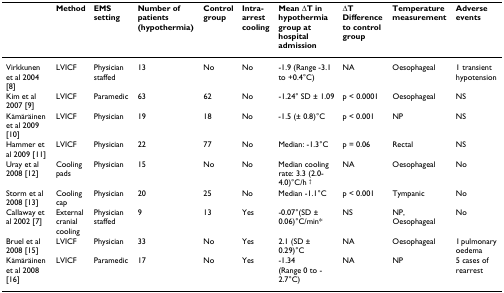
<table><thead><tr><td></td><td><b>Method</b></td><td><b>EMS setting</b></td><td><b>Number of patients (hypothermia)</b></td><td><b>Control group</b></td><td><b>Intra-arrest cooling</b></td><td><b>Mean ΔT in hypothermia group at hospital admission</b></td><td><b>ΔT Difference to control group</b></td><td><b>Temperature measurement</b></td><td><b>Adverse events</b></td></tr></thead><tbody><tr><td>Virkkunen et al 2004 [8]</td><td>LVICF</td><td>Physician staffed</td><td>13</td><td>No</td><td>No</td><td>-1.9 (Range -3.1 to +0.4°C)</td><td>NA</td><td>Oesophageal</td><td>1 transient hypotension</td></tr><tr><td>Kim et al 2007 [9]</td><td>LVICF</td><td>Paramedic</td><td>63</td><td>62</td><td>No</td><td>-1.24° SD ± 1.09</td><td>p &lt; 0.0001</td><td>Oesophageal</td><td>NS</td></tr><tr><td>Kämäräinen et al 2009 [10]</td><td>LVICF</td><td>Physician</td><td>19</td><td>18</td><td>No</td><td>-1.5 (± 0.8)°C</td><td>p &lt; 0.001</td><td>NP</td><td>NS</td></tr><tr><td>Hammer et al 2009 [11]</td><td>LVICF</td><td>Physician</td><td>22</td><td>77</td><td>No</td><td>Median: -1.3°C</td><td>p = 0.06</td><td>Rectal</td><td>NS</td></tr><tr><td>Uray et al 2008 [12]</td><td>Cooling pads</td><td>Physician</td><td>15</td><td>No</td><td>No</td><td>Median cooling rate: 3.3 (2.0-4.0)°C/h <sup>†</sup></td><td>NA</td><td>Oesophageal</td><td>No</td></tr><tr><td>Storm et al 2008 [13]</td><td>Cooling cap</td><td>Physician</td><td>20</td><td>25</td><td>No</td><td>Median -1.1°C</td><td>p &lt; 0.001</td><td>Tympanic</td><td>No</td></tr><tr><td>Callaway et al 2002 [7]</td><td>External cranial cooling</td><td>Physician staffed</td><td>9</td><td>13</td><td>Yes</td><td>-0.07°(SD ± 0.06)°C/min*</td><td>NS</td><td>NP, Oesophageal</td><td>No</td></tr><tr><td>Bruel et al 2008 [15]</td><td>LVICF</td><td>Physician</td><td>33</td><td>No</td><td>Yes</td><td>2.1 (SD ± 0.29)°C</td><td>NA</td><td>Oesophageal</td><td>1 pulmonary oedema</td></tr><tr><td>Kämäräinen et al 2008 [16]</td><td>LVICF</td><td>Paramedic</td><td>17</td><td>No</td><td>Yes</td><td>-1.34 (Range 0 to -2.7°C)</td><td>NA</td><td>NP</td><td>5 cases of rearrest</td></tr></tbody></table>